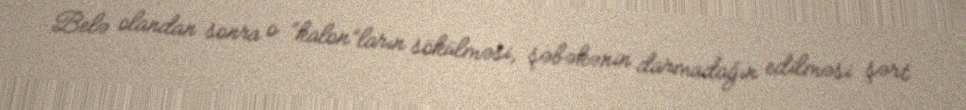
Belə olandan sonra o “kalon”ların sökülməsi, şəbəkənin darmadağın edilməsi şərt